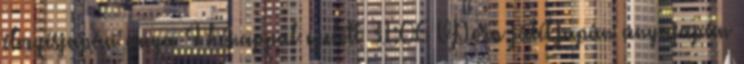
élvezésjapán anya 4 hónappal ezelőtt 31:06 VPorn játékjapán anyajapán